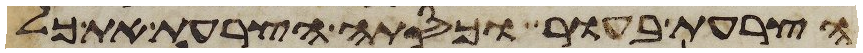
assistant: הצרעת בעור וכסתה הצרעת את כל